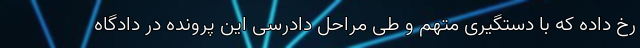
رخ داده که با دستگیری متهم و طی مراحل دادرسی این پرونده در دادگاه